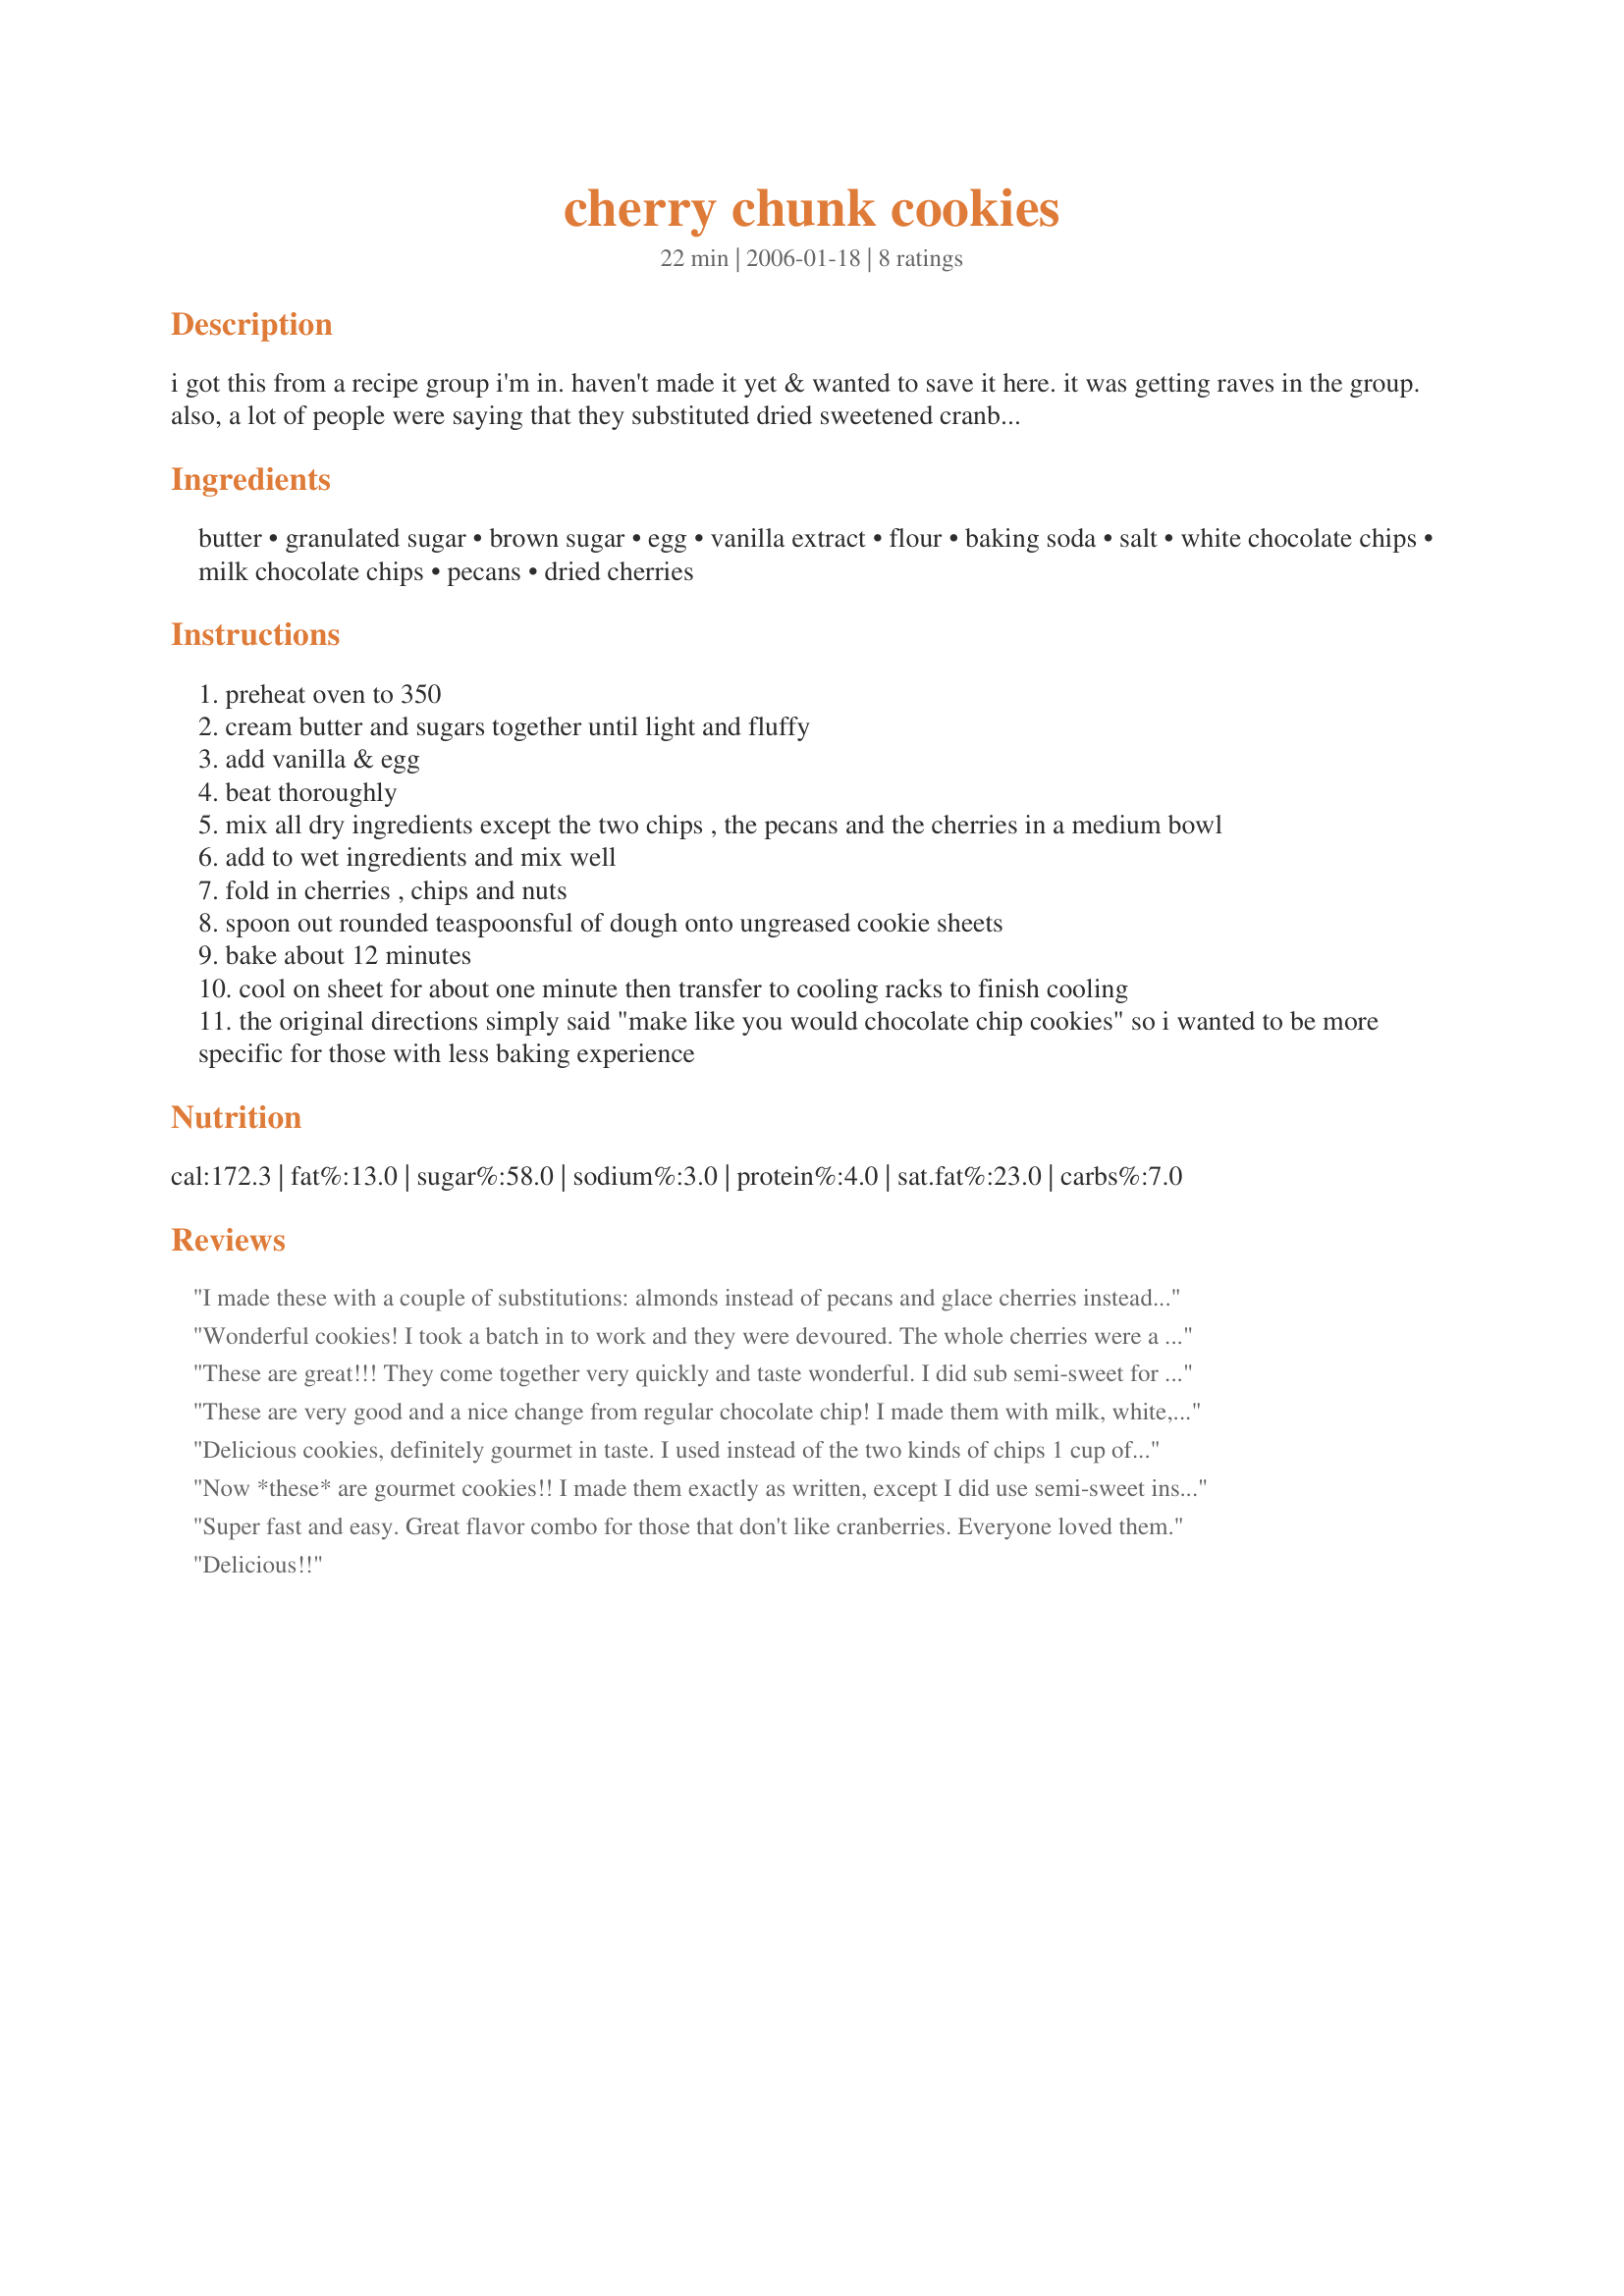
cherry chunk cookies
Preparation time: 22 minutes

i got this from a recipe group i'm in. haven't made it yet & wanted to save it here. it was getting raves in the group. also, a lot of people were saying that they substituted dried sweetened cranberries for the cherries. where it calls for milk chocolate, i plan to sub semi-sweet because it sounds as if it may be too sweet with white & milk chocolate imho

Ingredients:
butter, granulated sugar, brown sugar, egg, vanilla extract, flour, baking soda, salt, white chocolate chips, milk chocolate chips, pecans, dried cherries

Steps:
preheat oven to 350
cream butter and sugars together until light and fluffy
add vanilla & egg
beat thoroughly
mix all dry ingredients except the two chips , the pecans and the cherries in a medium bowl
add to wet ingredients and mix well
fold in cherries , chips and nuts
spoon out rounded teaspoonsful of dough onto ungreased cookie sheets
bake about 12 minutes
cool on sheet for about one minute then transfer to cooling racks to finish cooling
the original directions simply said "make like you would chocolate chip cookies" so i wanted to be more specific for those with less baking experience

Reviews:
I made these with a couple of substitutions: almonds instead of pecans and glace cherries instead of dried cherries (I couldn't find dried!) which I cut up into quarters. They actually turned out really well, I followed the recipe amounts exactly but somehow ended up making 36 slightly larger than normal cookies!
Everyone was very impressed with these, my boyfriend keeps asking when I'm going to make them again. As for me, I loved them and found them absolutely wonderful dipped in milk for breakfast. Thanks for posting, this recipe is definately a keeper!
Wonderful cookies! I took a batch in to work and they were devoured. The whole cherries were a bit much for me, so I made another batch, cutting the cherries in half, and they were perfect.
These are great!!!
They come together very quickly and taste wonderful. I did sub semi-sweet for the milk chocolate chips. Awesome recipe.
These are very good and a nice change from regular chocolate chip! I made them with milk, white, and semi-sweet chips. I agree with a previous review that this is a more &quot;sophisticated&quot; cookie in flavor--though my toddler really enjoyed them too!
Delicious cookies, definitely gourmet in taste. I used instead of the two kinds of chips 1 cup of swirled white and chocolate chips. I also cut the dried cherries in smaller pieces. These are definitely more adult in taste, a great thing for a womans tea, or as a gift.
Now *these* are gourmet cookies!! I made them exactly as written, except I did use semi-sweet instead of milk chocolate chips and they were outstanding. I know dried cherries are expensive, but make sure you splurge and get some for this recipe. The only people who tried them and were crazy about them were folks who don't care for cherries much. You could easily sell these for big bucks at a fund raiser! Thanks for posting!!!
Super fast and easy. Great flavor combo for those that don't like cranberries. Everyone loved them.
Delicious!!
